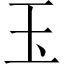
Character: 玉